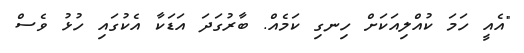
"އެއީ ހަމަ ކުއްލިއަކަށް ހިނގި ކަމެއް. ބާރުގަދަ އަޑަކާ އެކުގައި ހުޅު ވެސް